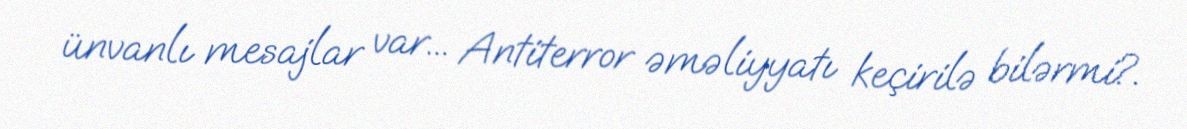
ünvanlı mesajlar var... Antiterror əməliyyatı keçirilə bilərmi?.